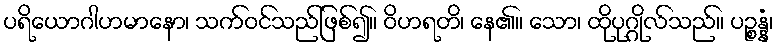
ပရိယောဂါဟမာနော၊ သက်ဝင်သည်ဖြစ်၍။ ဝိဟရတိ၊ နေ၏။ သော၊ ထိုပုဂ္ဂိုလ်သည်။ ပဉ္စန္နံ၊